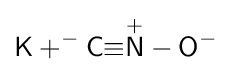
{\ce {\mathsf {K+^{-}C{\equiv }{\overset {+}{N}}-O^{-}}}}